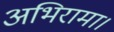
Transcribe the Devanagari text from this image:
अभिरामा।